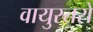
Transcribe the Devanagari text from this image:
वायुस्तरों